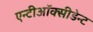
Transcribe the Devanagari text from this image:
एन्टीऑक्सीडेन्ट